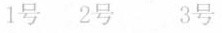
1号2号 3号